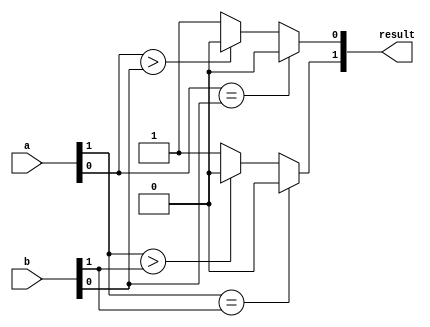
module comparator (
    input [1:0] a,
    input [1:0] b,
    output [1:0] result
);

assign result[1] = (a[1] == b[1]) ? 2'b0 : (a[1] > b[1]) ? 2'b10 : 2'b01;
assign result[0] = (a[0] == b[0]) ? 2'b0 : (a[0] > b[0]) ? 2'b10 : 2'b01;

endmodule